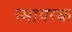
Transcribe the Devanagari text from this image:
स्माषरक